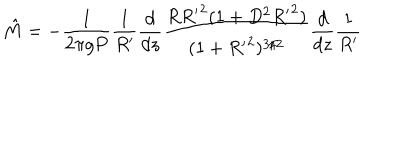
{ \hat { M } } = - \frac { 1 } { 2 \pi g P } \frac { 1 } { R ^ { \prime } } \frac { d } { d z } \frac { R { R ^ { \prime } } ^ { 2 } ( 1 + D ^ { 2 } { R ^ { \prime } } ^ { 2 } ) } { ( 1 + { R ^ { \prime } } ^ { 2 } ) ^ { 3 / 2 } } \frac { d } { d z } \frac { 1 } { R ^ { \prime } }